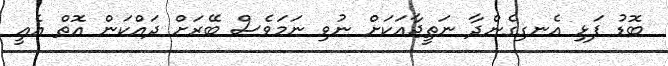
ބޮޑު ފަޅި އެނގިގެންދާ ނަތީޖާއަކަށް ނުވި ނަމަވެސް ބޭރަށް ދައްކަން އޮތް އެއީ